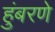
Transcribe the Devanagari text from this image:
हुंबरणे